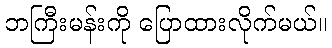
ဘကြီးမန်းကို ပြောထားလိုက်မယ်။